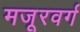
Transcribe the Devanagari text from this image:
मजूरवर्ग